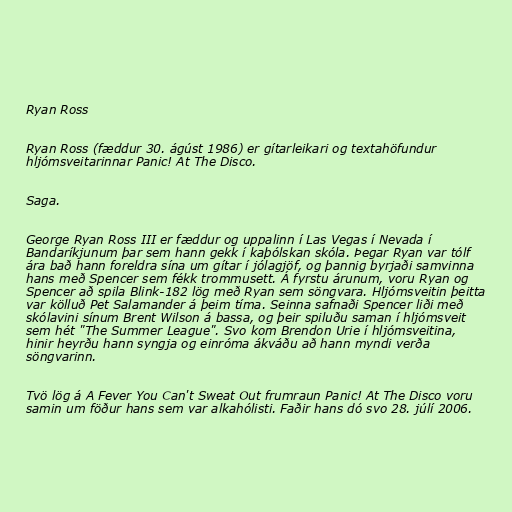
Ryan Ross

Ryan Ross (fæddur 30. ágúst 1986) er gítarleikari og textahöfundur
hljómsveitarinnar Panic! At The Disco.

Saga.

George Ryan Ross III er fæddur og uppalinn í Las Vegas í Nevada í
Bandaríkjunum þar sem hann gekk í kaþólskan skóla. Þegar Ryan var tólf
ára bað hann foreldra sína um gítar í jólagjöf, og þannig byrjaði samvinna
hans með Spencer sem fékk trommusett. Á fyrstu árunum, voru Ryan og
Spencer að spila Blink-182 lög með Ryan sem söngvara. Hljómsveitin þeitta
var kölluð Pet Salamander á þeim tíma. Seinna safnaði Spencer liði með
skólavini sínum Brent Wilson á bassa, og þeir spiluðu saman í hljómsveit
sem hét "The Summer League". Svo kom Brendon Urie í hljómsveitina,
hinir heyrðu hann syngja og einróma ákváðu að hann myndi verða
söngvarinn.

Tvö lög á A Fever You Can't Sweat Out frumraun Panic! At The Disco voru
samin um föður hans sem var alkahólisti. Faðir hans dó svo 28. júlí 2006.